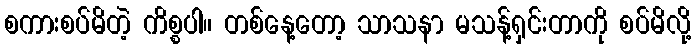
စကားစပ်မိတဲ့ ကိစ္စပါ။ တစ်နေ့တော့ သာသနာ မသန့်ရှင်းတာကို စပ်မိလို့